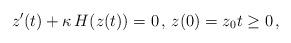
LaTeX: \begin{align*}z^{\prime}(t) + \kappa \,H(z(t))=0 \,, \, z(0)=z_0 t \ge 0 \,,\end{align*}